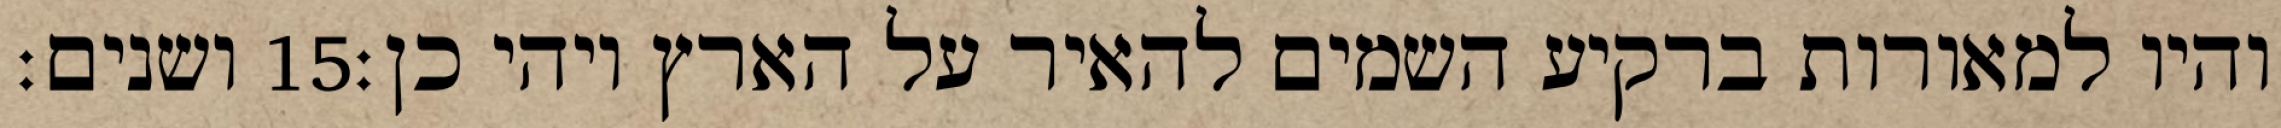
ושנים׃ ‎15‏ והיו למאורות ברקיע השמים להאיר על הארץ ויהי כן׃